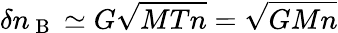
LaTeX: \delta n_{\mathrm{~B~}}\simeq G\sqrt{MTn}=\sqrt{GMn}